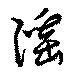
淫